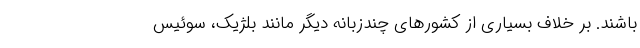
باشند. بر خلاف بسیاری از کشورهای چندزبانه دیگر مانند بلژیک، سوئیس